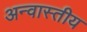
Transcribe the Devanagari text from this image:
अन्वास्तीय